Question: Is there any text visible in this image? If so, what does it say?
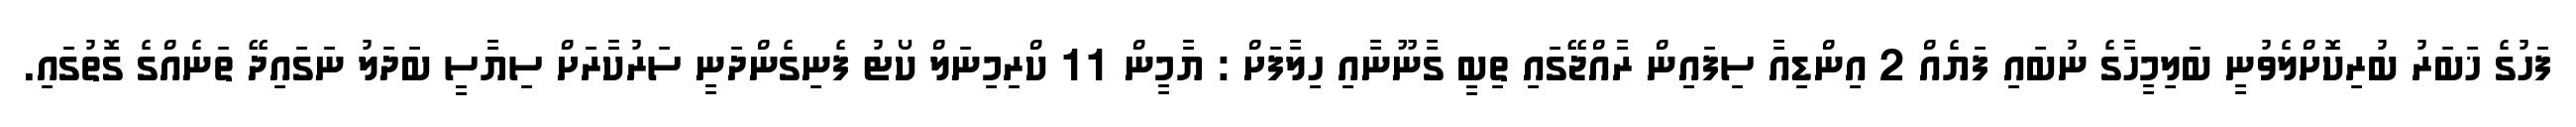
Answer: ފަހުގެ ޚަބަރު ބުރިކޮށްލެވުނީ ބަލިމީހާގެ ނުބައި ފަޔެއް 2 އިންޑިއާ ސިފައިން ރާއްޖޭގައި ތިބީ ގާނޫނާއި ހިލާފަށް : ޔާމީން 11 ކްރިމިނަލް ކޯޓު ފެނިގެންދަނީ ސަރުކާރަށް ސިޔާސީ ބަދަލު ނަގައިދޭ ތަނެއްގެ ގޮތުގައި.